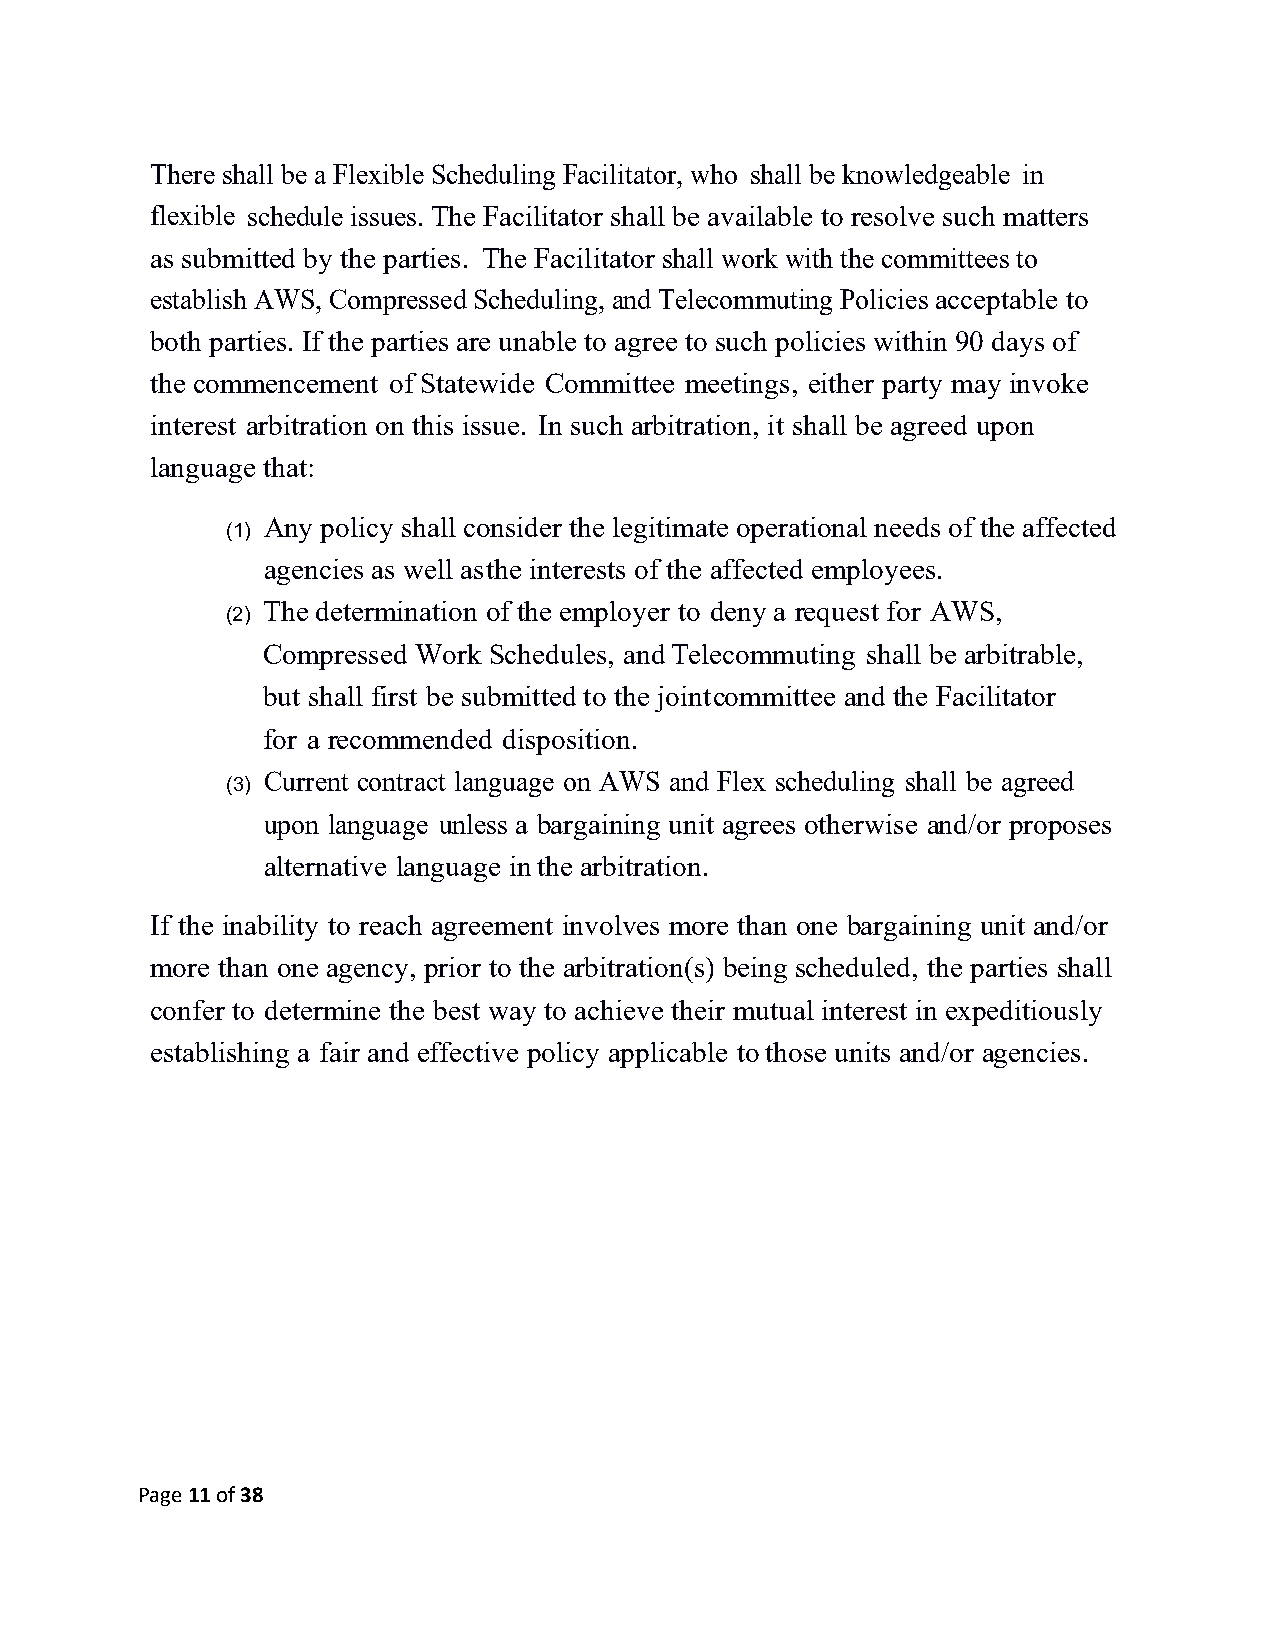
There shall be a Flexible Scheduling Facilitator, who shall be knowledgeable in
 flexible schedule issues. The Facilitator shall be available to resolve such matters
 as submitted by the parties. The Facilitator shall work with the committees to
 establish AWS, Compressed Scheduling, and Telecommuting Policies acceptable to
 both parties. If the parties are unable to agree to such policies within 90 days of
 the commencement of Statewide Committee meetings, either party may invoke
 interest arbitration on this issue. In such arbitration, it shall be agreed upon
 language that:
 Any policy shall consider the legitimate operational needs of the affected
 (1)
 agencies as well as the interests of the affected employees.
 The determination of the employer to deny a request for AWS,
 (2)
 Compressed Work Schedules, and Telecommuting shall be arbitrable,
 but shall first be submitted to the joint committee and the Facilitator
 for a recommended disposition.
 Current contract language on AWS and Flex scheduling shall be agreed
 (3)
 upon language unless a bargaining unit agrees otherwise and/or proposes
 alternative language in the arbitration.
 If the inability to reach agreement involves more than one bargaining unit and/or
 more than one agency, prior to the arbitration(s) being scheduled, the parties shall
 confer to determine the best way to achieve their mutual interest in expeditiously
 establishing a fair and effective policy applicable to those units and/or agencies.
 Page 11 of 38